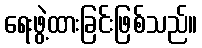
ရေးဖွဲ့ထားခြင်းဖြစ်သည်။